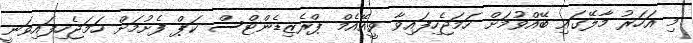
މި އަހަރު މާލޭގައި ބޭއްވުމަށް ހަމަޖެހިފައިވާ ވީއޭއެމް ޕްރެޒިޑެންޓްސް ކަޕް ފެށުމަށް ހަމަޖެހިފައިވަނީ